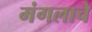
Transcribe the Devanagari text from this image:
मंगलाचे